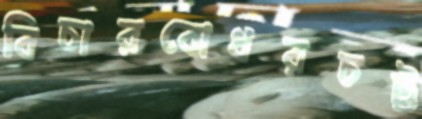
বিচারবোধরচট্ট